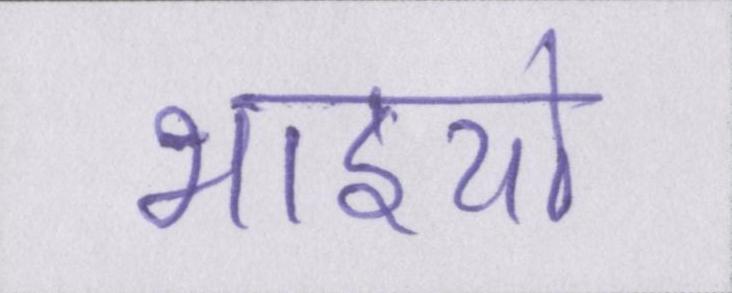
भाइयो